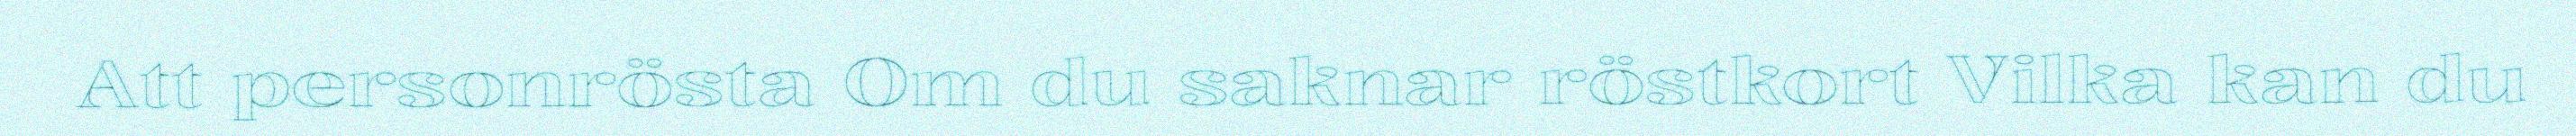
Att personrösta Om du saknar röstkort Vilka kan du